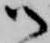
御